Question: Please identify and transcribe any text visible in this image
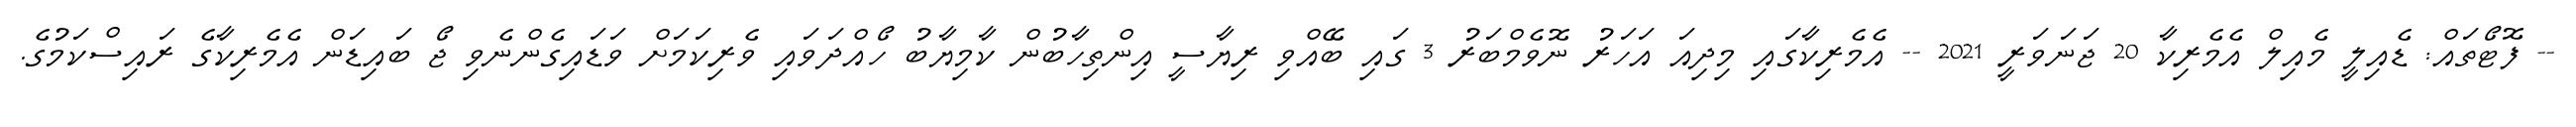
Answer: -- ފޮޓޯތައް: ޑެއިލީ މެއިލް އެމެރިކާ 20 ޖަނަވަރީ 2021 -- އެމެރިކާގައި މިދިއަ އަހަރު ނޮވެމްބަރު 3 ގައި ބޭއްވި ރިޔާސީ އިންތިހާބުން ކާމިޔާބު ހޯއްދަވައި ވެރިކަމަށް ވަޑައިގެންނެވި ޖޯ ބައިޑަން އެމެރިކާގެ ރައިސްކަމުގެ.